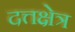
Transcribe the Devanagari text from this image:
दत्तक्षेत्र